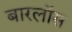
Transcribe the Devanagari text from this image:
बारलॉस